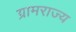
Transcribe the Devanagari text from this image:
ग्रामराज्य